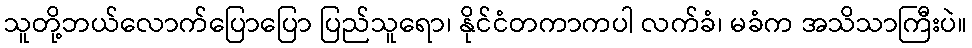
သူတို့ဘယ်လောက်ပြောပြော ပြည်သူရော၊ နိုင်ငံတကာကပါ လက်ခံ၊ မခံက အသိသာကြီးပဲ။